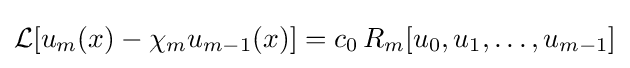
{\mathcal {L}}[u_{m}(x)-\chi _{m}u_{m-1}(x)]=c_{0}\,R_{m}[u_{0},u_{1},\ldots ,u_{m-1}]